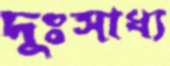
দুঃসাধ্য